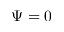
\Psi = 0